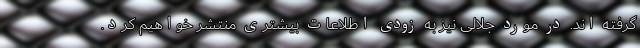
گرفته اند. در مورد جلالی نیز به زودی اطلاعات بیشتری منتشر خواهیم کرد.